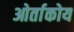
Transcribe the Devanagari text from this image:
ओर्ताकोय